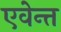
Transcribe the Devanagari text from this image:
एवेन्त